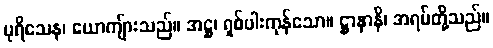
ပုရိသေန၊ ယောကျ်ားသည်။ အဋ္ဌ၊ ရှစ်ပါးကုန်သော။ ဋ္ဌာနာနိ၊ အရပ်တို့သည်။